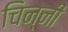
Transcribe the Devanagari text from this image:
चिन्नी